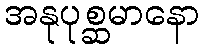
အနုပုစ္ဆမာနော